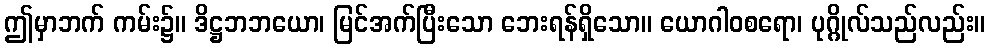
ဤမှာဘက် ကမ်း၌။ ဒိဋ္ဌဘဘယော၊ မြင်အက်ပြီးသော ဘေးရန်ရှိသော။ ယောဂါဝစရော၊ ပုဂ္ဂိုလ်သည်လည်း။